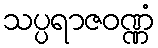
သပ္ပရာဇဝဏ္ဏံ